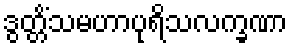
ဒွတ္တိံသမဟာပုရိသလက္ခဏာ